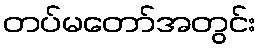
တပ်မတော်အတွင်း